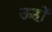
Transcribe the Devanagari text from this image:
ऊहों